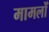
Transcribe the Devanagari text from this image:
मामलोँ